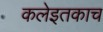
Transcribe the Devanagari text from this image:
कलेइतकाच